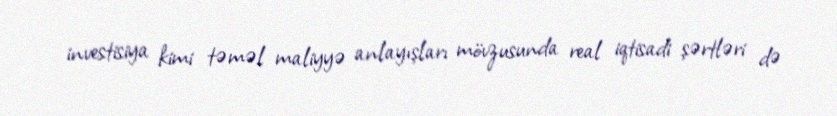
investisiya kimi təməl maliyyə anlayışları mövzusunda real iqtisadi şərtləri də